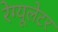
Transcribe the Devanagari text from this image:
रेग्यूलेटर